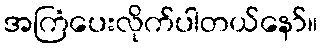
အကြံပေးလိုက်ပါတယ်နော်။